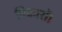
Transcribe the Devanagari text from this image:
विकारों।